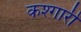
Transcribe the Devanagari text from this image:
कश्गारी